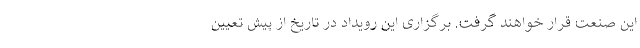
این صنعت قرار خواهند گرفت. برگزاری این رویداد در تاریخ از پیش تعیین